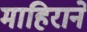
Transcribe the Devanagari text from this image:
माहिराने